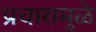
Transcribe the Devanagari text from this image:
प्रचारामुळे